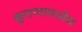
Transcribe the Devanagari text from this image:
कुराणामध्येच